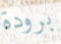
برودة